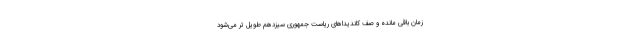
زمان باقی مانده و صف کاندیداهای ریاست جمهوری سیزدهم طویل تر می‌شود